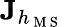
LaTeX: \mathbf{J}_{h_{\mathrm{~M~S~}}}